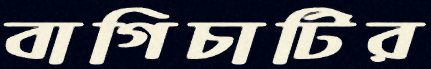
বাগিচাটির